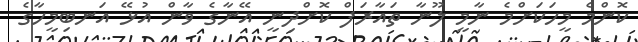
ކޮންމެ މީހަކަށްމެ ނާމީ ލޫނާ ތައާރަފް ކޮށްދިނީ އޭނާގެ ވާން އުޅޭ އަނބިމީހާގެ